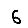
Digit: 6